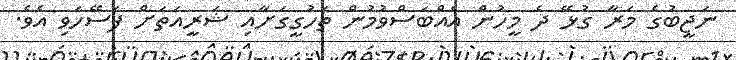
ނަޖީބުގެ މަރާ ގުޅޭ ދެ މީހުން އެއްބަސްވުމުން ތަހުގީގަށާއި ޝަރީއަތަށް ފަސޭހަވި އެވެ.